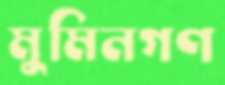
মুমিনগণ